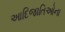
આદિજાતિઓના